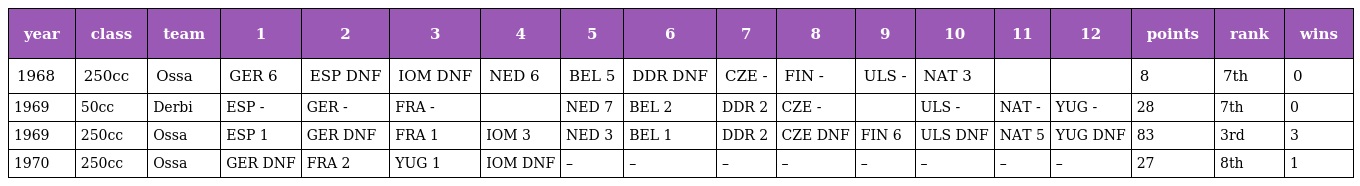
| year | class | team | 1 | 2 | 3 | 4 | 5 | 6 | 7 | 8 | 9 | 10 | 11 | 12 | points | rank | wins |
 | --- | --- | --- | --- | --- | --- | --- | --- | --- | --- | --- | --- | --- | --- | --- | --- | --- | --- |
 | 1968 | 250cc | Ossa | GER 6 | ESP DNF | IOM DNF | NED 6 | BEL 5 | DDR DNF | CZE - | FIN - | ULS - | NAT 3 |  |  | 8 | 7th | 0 |
 | 1969 | 50cc | Derbi | ESP - | GER - | FRA - |  | NED 7 | BEL 2 | DDR 2 | CZE - |  | ULS - | NAT - | YUG - | 28 | 7th | 0 |
 | 1969 | 250cc | Ossa | ESP 1 | GER DNF | FRA 1 | IOM 3 | NED 3 | BEL 1 | DDR 2 | CZE DNF | FIN 6 | ULS DNF | NAT 5 | YUG DNF | 83 | 3rd | 3 |
 | 1970 | 250cc | Ossa | GER DNF | FRA 2 | YUG 1 | IOM DNF | – | – | – | – | – | – | – | – | 27 | 8th | 1 |